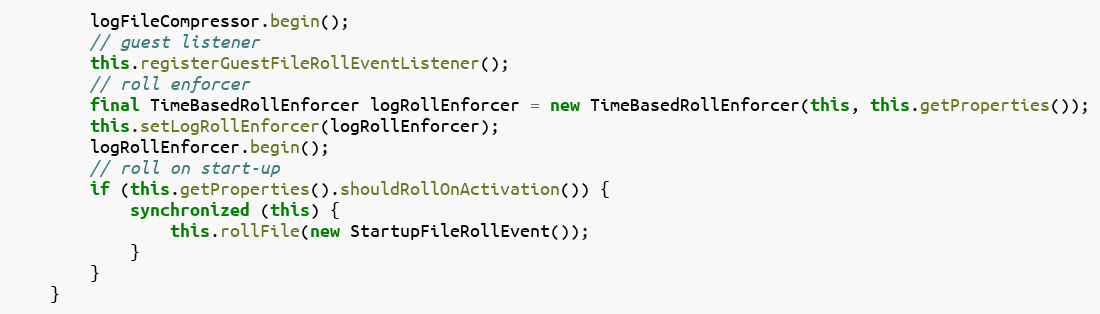
Language: Java
		logFileCompressor.begin();
		// guest listener
		this.registerGuestFileRollEventListener();
		// roll enforcer
		final TimeBasedRollEnforcer logRollEnforcer = new TimeBasedRollEnforcer(this, this.getProperties());
		this.setLogRollEnforcer(logRollEnforcer);
		logRollEnforcer.begin();
		// roll on start-up
		if (this.getProperties().shouldRollOnActivation()) {
			synchronized (this) {
				this.rollFile(new StartupFileRollEvent());
			}
		}
	}